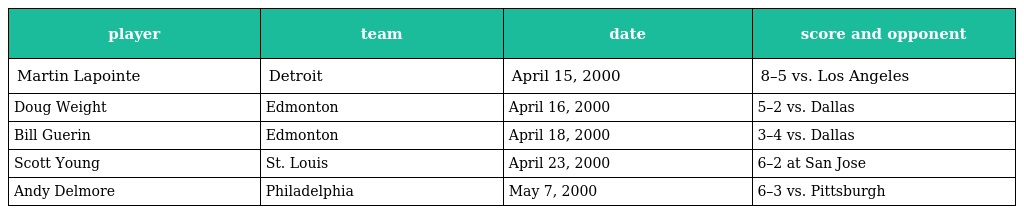
| player | team | date | score and opponent |
 | --- | --- | --- | --- |
 | Martin Lapointe | Detroit | April 15, 2000 | 8–5 vs. Los Angeles |
 | Doug Weight | Edmonton | April 16, 2000 | 5–2 vs. Dallas |
 | Bill Guerin | Edmonton | April 18, 2000 | 3–4 vs. Dallas |
 | Scott Young | St. Louis | April 23, 2000 | 6–2 at San Jose |
 | Andy Delmore | Philadelphia | May 7, 2000 | 6–3 vs. Pittsburgh |